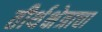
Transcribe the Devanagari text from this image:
तीर्थक्षेत्राचा